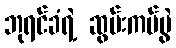
ဘုရင်ခံရဲ့ ဆွမ်းကပ်ပွဲ